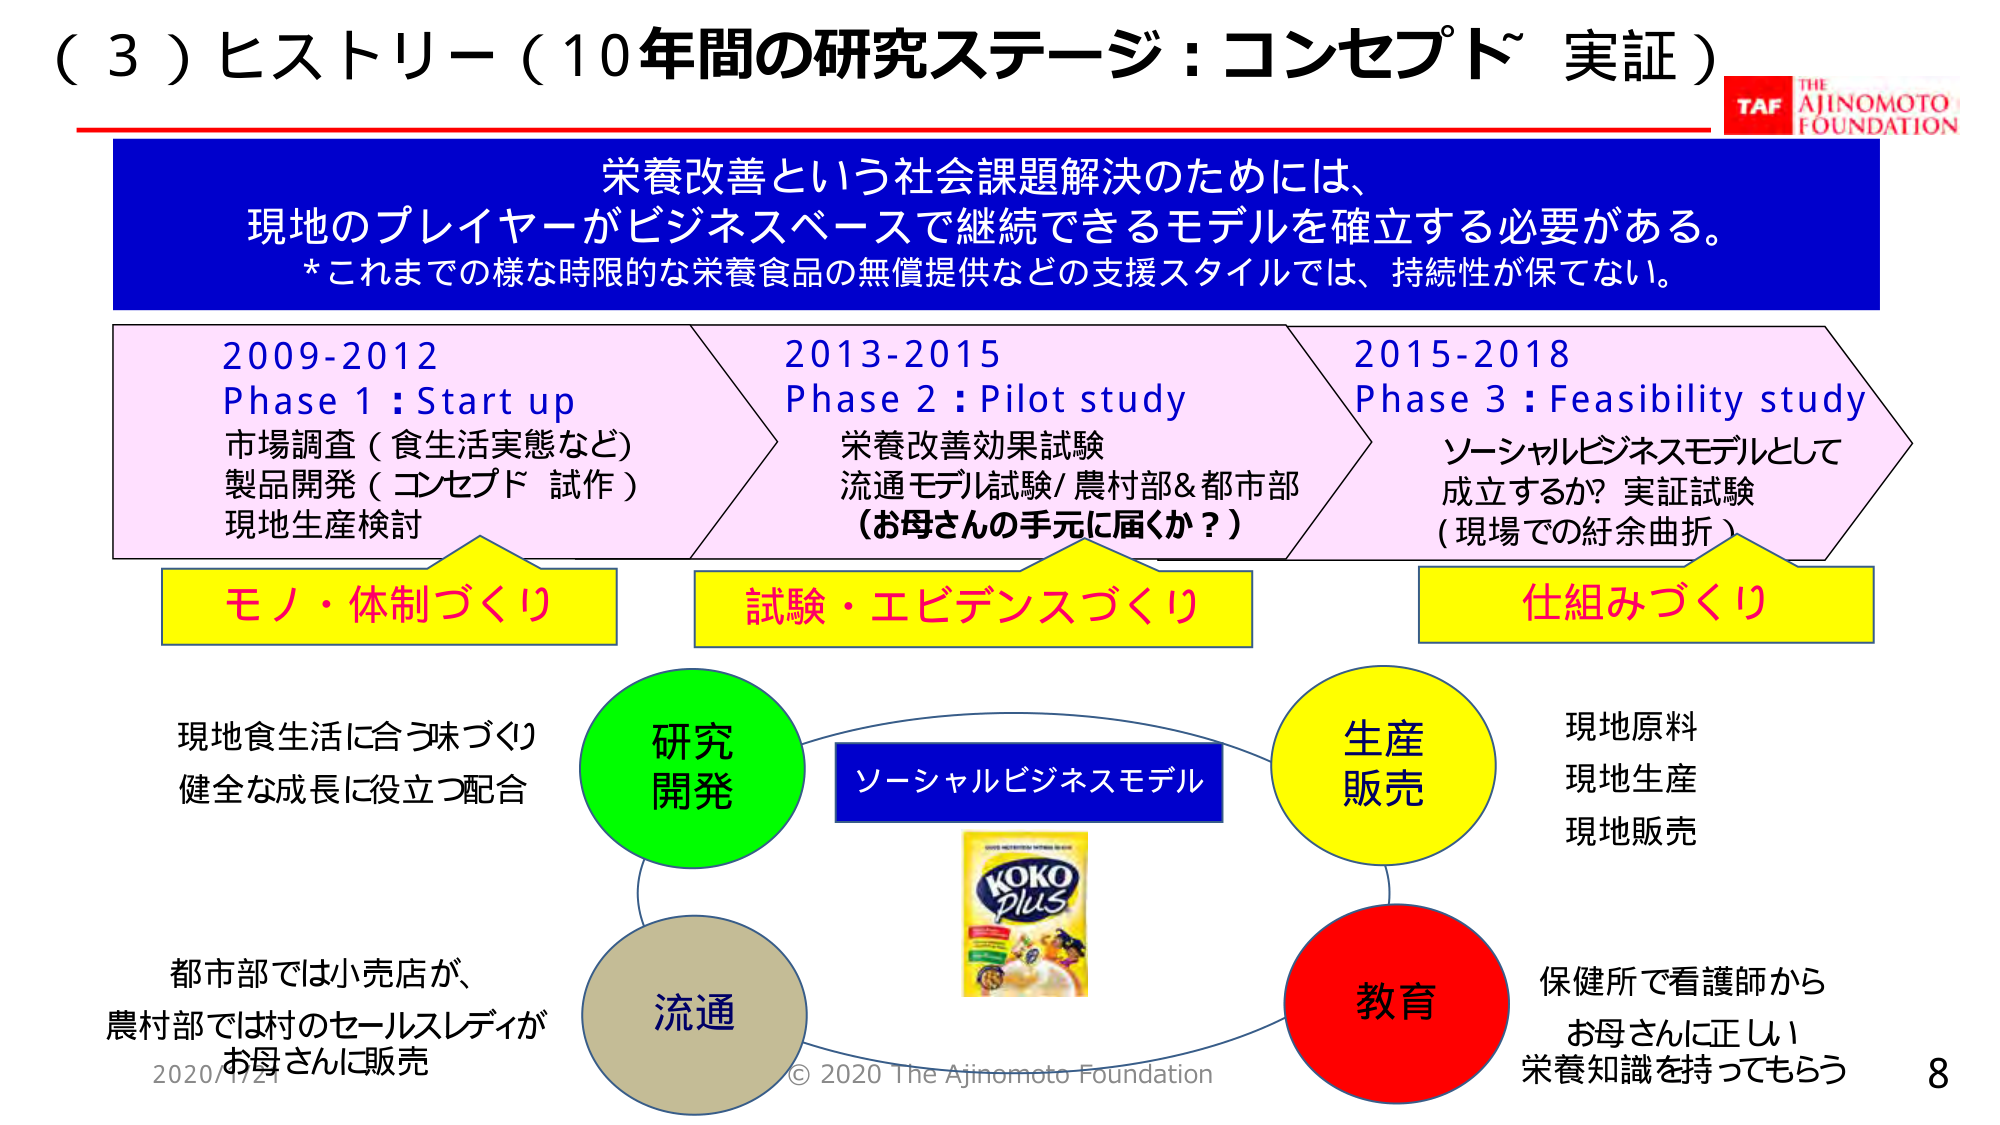
（３）ヒストリー（10年間の研究ステージ：コンセプト～ 実証）

栄養改善という社会課題解決のためには、
現地のプレイヤーがビジネスベースで継続できるモデルを確立する必要がある。
*これまでの様な時限的な栄養食品の無償提供などの支援スタイルでは、持続性が保てない。

2009-2012
Phase 1 : Start up
市場調査（食生活実態など）
製品開発（コンセプト 試作）
現地生産検討

2013-2015
Phase 2 : Pilot study
栄養改善効果試験
流通モデル試験/農村部＆都市部
（お母さんの手元に届くか？）

2015-2018
Phase 3 : Feasibility study
ソーシャルビジネスモデルとして
成立するか？実証試験
（現場での紆余曲折）

モノ・体制づくり
試験・エビデンスづくり
仕組みづくり

現地食生活に合う味づくり
健全な成長に役立つ配合

研究
開発

ソーシャルビジネスモデル

生産
販売

現地原料
現地生産
現地販売

都市部では小売店が、
農村部では村のセールスレディが
お母さんに販売

流通

教育

保健所で看護師から
お母さんに正しい
栄養知識を持ってもらう

KOKO
Plus

© 2020 The Ajinomoto Foundation

TAF
THE
AJINOMOTO
FOUNDATION

2020/1/21
8